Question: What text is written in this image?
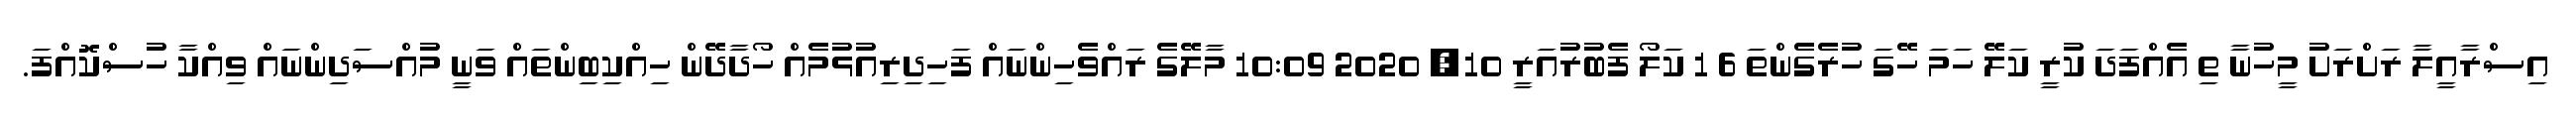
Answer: އިސްރާއީލާ ރަށްރަށު މީހުނާ ތި އެއްފަދަ ކުރީ ކަލޭ ހަމަ ހޭގަ ހުރެގެންތަ 6 1 ކަލޯ ފެބުރުއަރީ 10, 2020 10:09 މާލޭގެ ރައްވެހިންނައް ފަހިދިރިއުޅުމެއް ހޯދާދޭން ހިއްކިބިންތައް ވަނީ މުއްސަދިންނައް ވިއްކާ ހުސްކޮއްފަ.